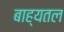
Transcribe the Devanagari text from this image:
बाह्यतल